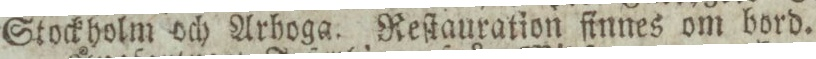
Stockholm och Arhoga. Reſtauration finnes om bord.